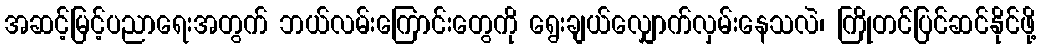
အဆင့်မြင့်ပညာရေးအတွက် ဘယ်လမ်းကြောင်းတွေကို ရွေးချယ်လျှောက်လှမ်းနေသလဲ၊ ကြိုတင်ပြင်ဆင်နိုင်ဖို့